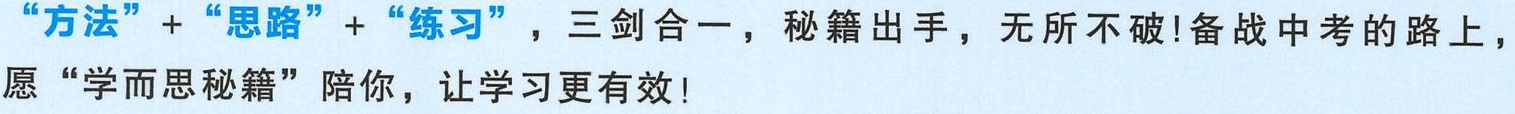
“方法” + “思路” + “练习”，三剑合一，秘籍出手，无所不破!备战中考的路上，愿“学而思秘籍”陪你，让学习更有效!